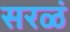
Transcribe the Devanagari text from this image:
सरळं